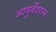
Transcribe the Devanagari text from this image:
आयुर्वेदरत्न